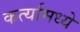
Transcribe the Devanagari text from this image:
कर्त्यामध्ये